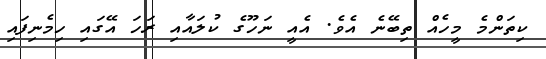
ކިތަންމެ މީހެއް ތިބޭނެ އެވެ. އެއީ ނަހޫގެ ކުލައާއި ރަހަ އޭގައި ހިމެނިފައި